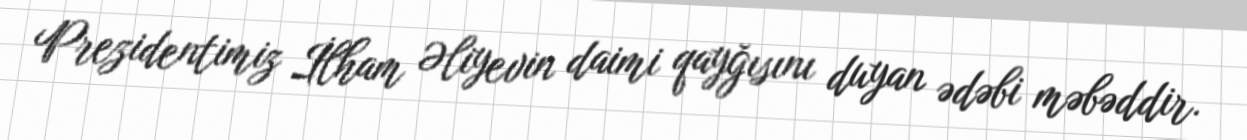
Prezidentimiz İlham Əliyevin daimi qayğısını duyan ədəbi məbəddir.